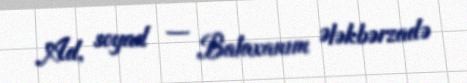
Ad, soyad — Balaxanım Ələkbərzadə